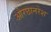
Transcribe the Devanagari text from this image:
ओरछानरेश